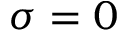
\sigma = 0